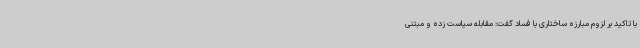
با تاکید بر لزوم مبارزه ساختاری با فساد گفت: مقابله سیاست زده و مبتنی